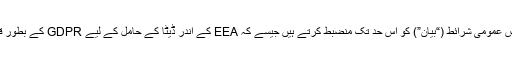
ریاست شمالی کیرولائنا کے قوانین استعمال کے اس عمومی شرائط (“بیان”) کو اس حد تک منضبط کرتے ہیں جیسے کہ EEA کے اندر ڈیٹا کے حامل کے لیے GDPR کے بطور قابل اطلاق قانون کے ذریعہ مسترد نہیں ہوتے ہیں۔